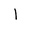
Letter: _alif